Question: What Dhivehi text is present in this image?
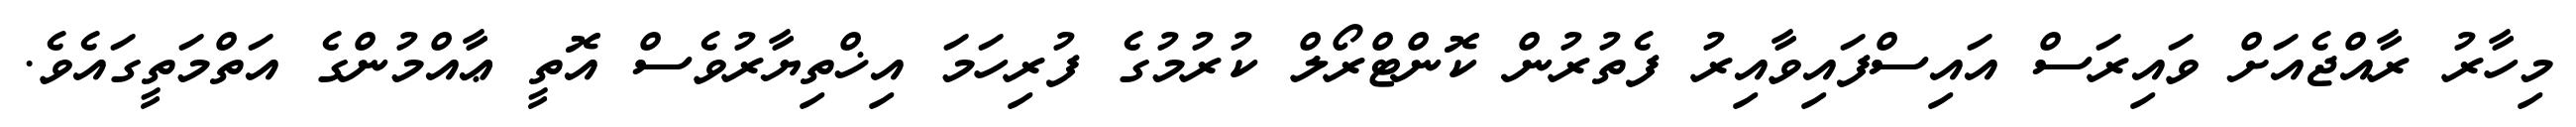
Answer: މިހާރު ރާއްޖެއަށް ވައިރަސް އައިސްފައިވާއިރު ފެތުރުން ކޮންޓްރޯލް ކުރުމުގެ ފުރިހަމަ އިޚްތިޔާރުވެސް އޮތީ ޢާއްމުންގެ އަތްމަތީގައެވެ.